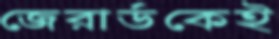
জেরার্ডকেই